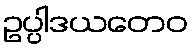
ဥပ္ပါဒယတေဝ